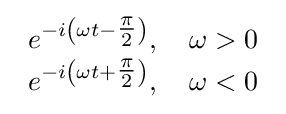
{\begin{array}{lll}e^{-i\left(\omega t-{\tfrac {\pi }{2}}\right)},\quad \omega >0\\e^{-i\left(\omega t+{\tfrac {\pi }{2}}\right)},\quad \omega <0\end{array}}